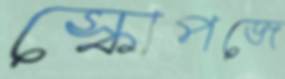
স্কোপজে